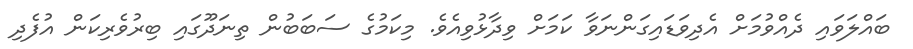
ބައްލަވައި ދެއްވުމަށް އެދިވަޑައިގަންނަވާ ކަމަށް ވިދާޅުވިއެވެ. މިކަމުގެ ސަބަބުން ތިނަދޫގައި ބިރުވެރިކަން އުފެދި